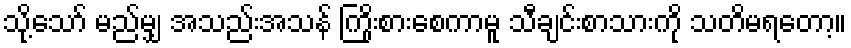
သို့သော် မည်မျှ အသည်းအသန် ကြိုးစားစေကာမူ သီချင်းစာသားကို သတိမရတော့။